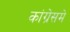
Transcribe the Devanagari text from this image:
कांग्रेसमे